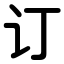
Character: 订